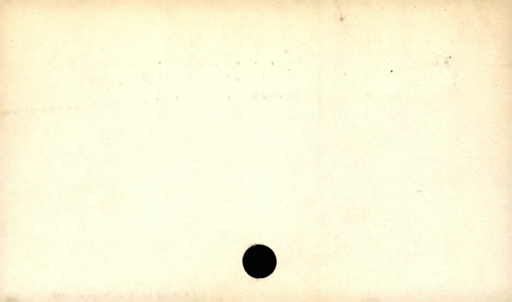
Label: blank